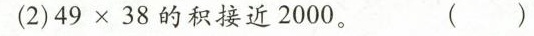
(2)$$4 9 \times 3 8$$的积接近2000。( )